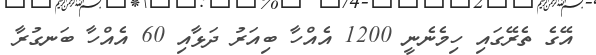
އޭގެ ތެރޭގައި ހިމެނެނީ 1200 އެއްހާ ބިއަރު ދަޅާއި 60 އެއްހާ ބަނގުރާ